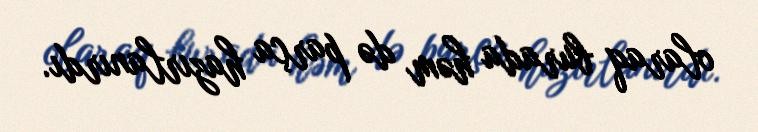
olaraq burada həm də parça hazırlanırdı.